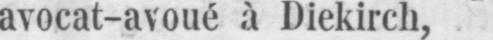
avocat-avoué à Diekirch,